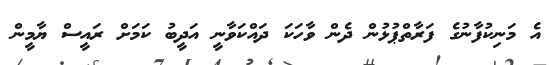
އެ މަނިކުފާނުގެ ފަރާތްޕުޅުން ދެން ވާހަކަ ދައްކަވާނީ އަދީބު ކަމަށް ރައީސް ޔާމީން